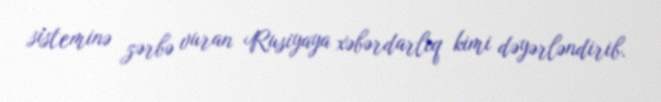
sisteminə zərbə vuran Rusiyaya xəbərdarlıq kimi dəyərləndirib.